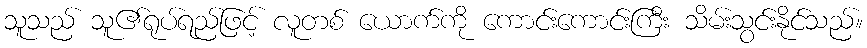
သူသည် သူ၏ရုပ်ရည်ဖြင့် လူတစ် ယောက်ကို ကောင်းကောင်းကြီး သိမ်းသွင်းနိုင်သည်။